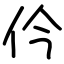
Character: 仱